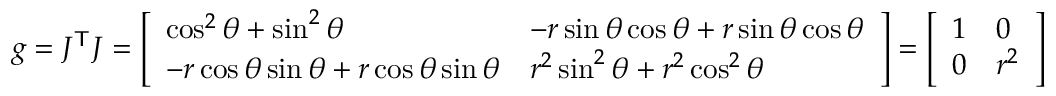
g = J ^ { \mathsf { T } } J = { \left[ \begin{array} { l l } { \cos ^ { 2 } \theta + \sin ^ { 2 } \theta } & { - r \sin \theta \cos \theta + r \sin \theta \cos \theta } \\ { - r \cos \theta \sin \theta + r \cos \theta \sin \theta } & { r ^ { 2 } \sin ^ { 2 } \theta + r ^ { 2 } \cos ^ { 2 } \theta } \end{array} \right] } = { \left[ \begin{array} { l l } { 1 } & { 0 } \\ { 0 } & { r ^ { 2 } } \end{array} \right] }